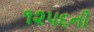
૧૨૫૬ની